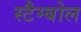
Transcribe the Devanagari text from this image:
स्टैम्बोल